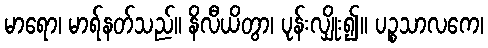
မာရော၊ မာရ်နတ်သည်။ နိလီယိတွာ၊ ပုန်းလျှိုး၍။ ပဉ္စသာလကေ၊